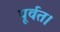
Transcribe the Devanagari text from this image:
पूर्वत।